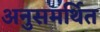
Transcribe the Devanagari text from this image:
अनुसमर्थित